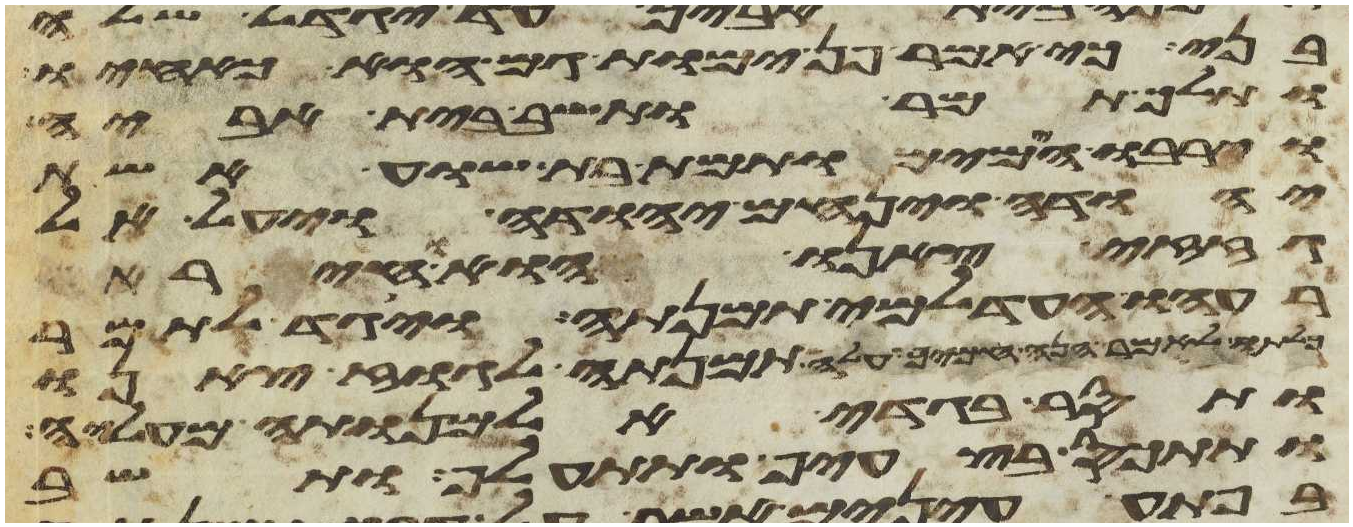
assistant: בני כי אמר פן ימות גם הוא כאחיו
ותלך תמר ותשב בית אביה
וירבו הימים ותמת בת שוע אשת
יהודה וינחם יהודה ויעל אל
גזזי צאנו הוא וחירה
רעהו העדלמי תמנתה ויגד לתמר
לאמר הנה חמיך עלה תמנתה לגוז צאנו
ותסר בגדי אלמנותה מעליה
ותתכס בצעיף ותתעלף ותשב